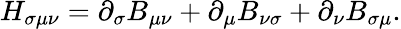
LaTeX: H_{\sigma\mu\nu}=\partial_{\sigma}B_{\mu\nu}+\partial_{\mu}B_{\nu\sigma}+\partial_{\nu}B_{\sigma\mu}.